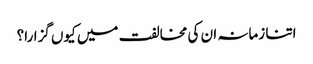
اتنا زمانہ ان کی مخالفت میں کیوں گزارا؟